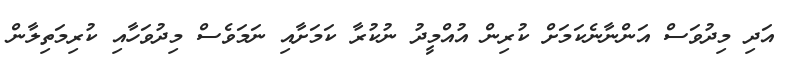
އަދި މިދުވަސް އަންނާނެކަމަށް ކުރިން އުއްމީދު ނުކުރާ ކަމަށާއި ނަމަވެސް މިދުވަހާއި ކުރިމަތިލާން